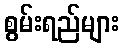
စွမ်းရည်များ